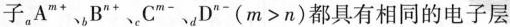
子，_{a}A^{m+}”*、_{b}B^{n+}”*、_{c}C^{m-}”、$$_{d}D^{n-}(m>n)$$都具有相同的电子层